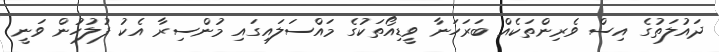
ދައުލަތުގެ އިސް ވެރިންތަކެއް ބަރަހަނާ ވީޑިއޯތަކުގެ މައްސަލައިގައި މުންސިރާ އެކު ފުލުހުން ވަނީ